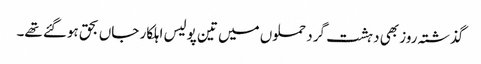
گذشتہ روز بھی دہشت گرد حملوں میں تین پولیس اہلکار جاں بحق ہوگئے تھے۔